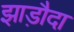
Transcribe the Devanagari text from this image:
झाड़ौदा